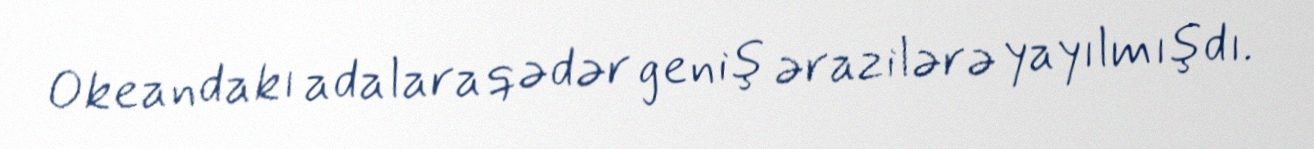
Okeandakı adalara qədər geniş ərazilərə yayılmışdı.